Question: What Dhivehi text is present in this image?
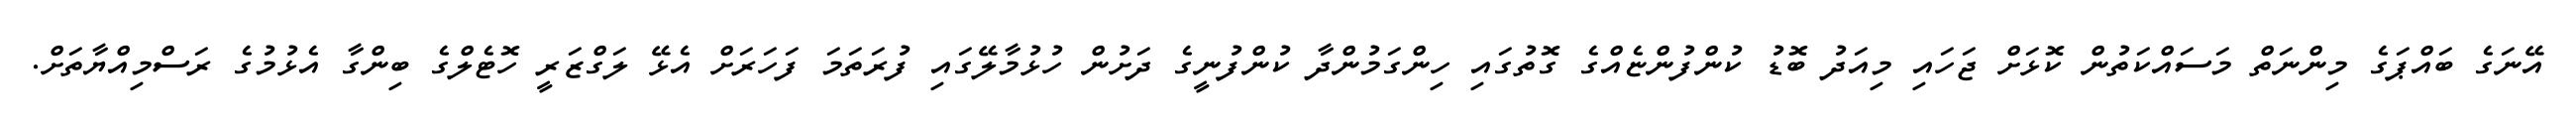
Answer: އޭނަގެ ބައްޕަގެ މިންނަތް މަސައްކަތުން ކޮޅަށް ޖަހައި މިއަދު ބޮޑު ކުންފުންޏެއްގެ ގޮތުގައި ހިންގަމުންދާ ކުންފުނީގެ ދަށުން ހުޅުމާލޭގައި ފުރަތަމަ ފަހަރަށް އެޅޭ ލަގްޒަރީ ހޮޓެލްގެ ބިންގާ އެޅުމުގެ ރަސްމިއްޔާތަށް.